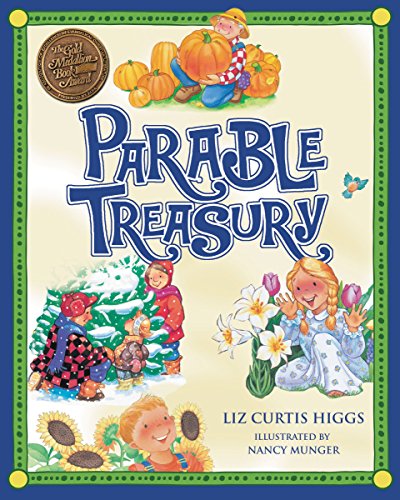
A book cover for Parable Treasury; Liz Curtis Higgs; Christian Books & Bibles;